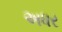
અધર